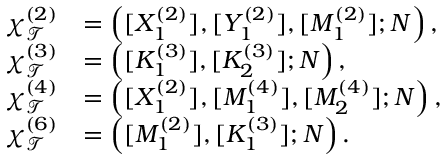
\begin{array} { r l } { \chi _ { \mathcal { T } } ^ { ( 2 ) } } & { = \left( [ X _ { 1 } ^ { ( 2 ) } ] , [ Y _ { 1 } ^ { ( 2 ) } ] , [ M _ { 1 } ^ { ( 2 ) } ] ; N \right) , } \\ { \chi _ { \mathcal { T } } ^ { ( 3 ) } } & { = \left( [ K _ { 1 } ^ { ( 3 ) } ] , [ K _ { 2 } ^ { ( 3 ) } ] ; N \right) , } \\ { \chi _ { \mathcal { T } } ^ { ( 4 ) } } & { = \left( [ X _ { 1 } ^ { ( 2 ) } ] , [ M _ { 1 } ^ { ( 4 ) } ] , [ M _ { 2 } ^ { ( 4 ) } ] ; N \right) , } \\ { \chi _ { \mathcal { T } } ^ { ( 6 ) } } & { = \left( [ M _ { 1 } ^ { ( 2 ) } ] , [ K _ { 1 } ^ { ( 3 ) } ] ; N \right) . } \end{array}